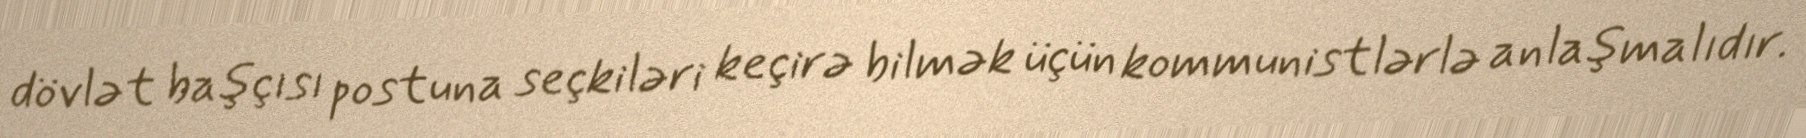
dövlət başçısı postuna seçkiləri keçirə bilmək üçün kommunistlərlə anlaşmalıdır.